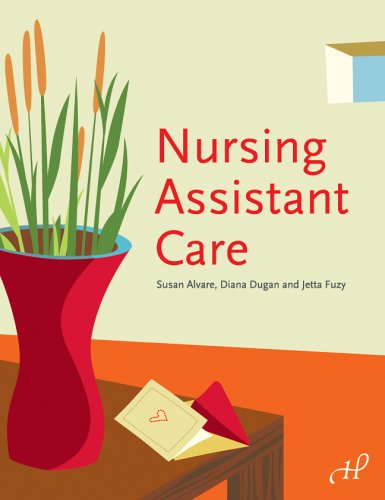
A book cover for Nursing Assistant Care; Susan Alvare; Medical Books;